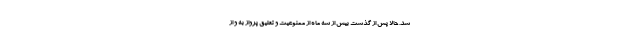
شد. حالا پس از گذشت بیش از سه ماه از ممنوعیت و تعلیق پرواز به و از